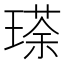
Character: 瑹